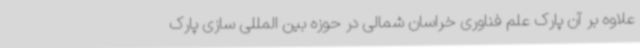
علاوه بر آن پارک علم فناوری خراسان شمالی در حوزه بین المللی سازی پارک